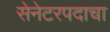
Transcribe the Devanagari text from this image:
सेनेटरपदाचा